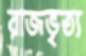
রাজভৃত্য